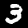
Digit: 3